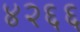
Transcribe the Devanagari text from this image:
४२६६